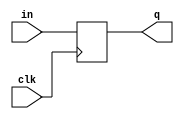
`timescale 1ns / 1ps
//////////////////////////////////////////////////////////////////////////////////
// Company: 
// Engineer: 
// 
// Design Name: 
// Module Name: DFF
// Project Name: 
// Target Devices: 
// Tool Versions: 
// Description: 
// 
// Dependencies: 
// 
// Revision:
// Revision 0.01 - File Created
// Additional Comments:
// 
//////////////////////////////////////////////////////////////////////////////////


module DFF(input clk, in, output reg q = 0);
always @ (posedge clk)
begin
     q <= in;
end
endmodule